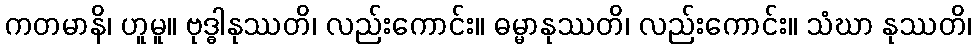
ကတမာနိ၊ ဟူမူ။ ဗုဒ္ဓါနုဿတိ၊ လည်းကောင်း။ ဓမ္မာနုဿတိ၊ လည်းကောင်း။ သံဃာ နုဿတိ၊